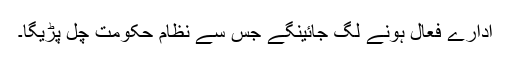
ادارے فعال ہونے لگ جائینگے جس سے نظام حکومت چل پڑیگا۔